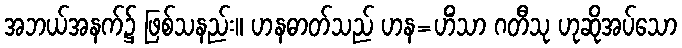
အဘယ်အနက်၌ ဖြစ်သနည်း။ ဟနဓာတ်သည် ဟန=ဟိံသာ ဂတီသု ဟုဆိုအပ်သော